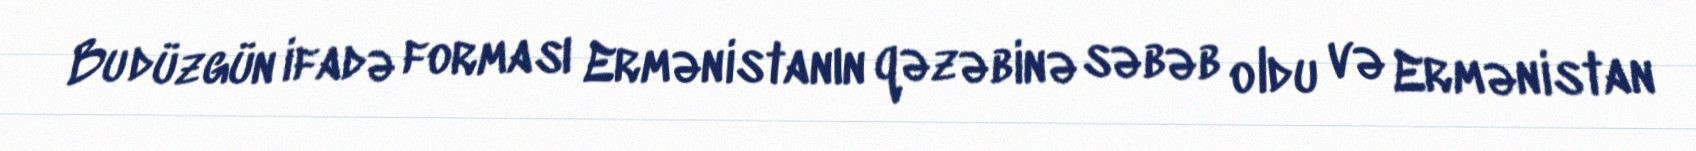
Bu düzgün ifadə forması Ermənistanın qəzəbinə səbəb oldu və Ermənistan